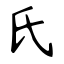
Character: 氏